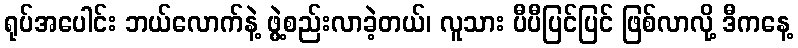
ရုပ်အပေါင်း ဘယ်လောက်နဲ့ ဖွဲ့စည်းလာခဲ့တယ်၊ လူသား ပီပီပြင်ပြင် ဖြစ်လာလို့ ဒီကနေ့